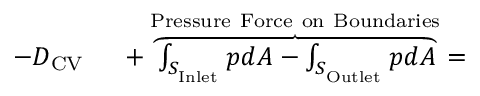
\begin{array} { r l } { - D _ { \mathrm { C V } } \ } & { { } + \overbrace { \int _ { S _ { _ \mathrm { I n l e t } } } p d A - \int _ { S _ { _ \mathrm { O u t l e t } } } p d A } ^ { \mathrm { P r e s s u r e \ F o r c e \ o n \ B o u n d a r i e s } } = } \end{array}